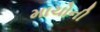
માચોની